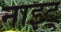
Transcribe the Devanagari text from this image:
नाइट्